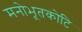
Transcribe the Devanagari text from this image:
मनोभूतकोटि